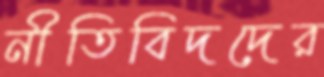
নীতিবিদদের